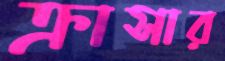
ক্রাসার